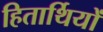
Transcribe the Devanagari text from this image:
हितार्थियों